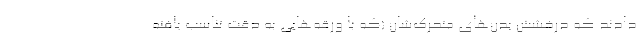
دادند که درخشش بدن‌های متحرک‌شان (که با ورقه‌هایی به دقت تناسب یافته